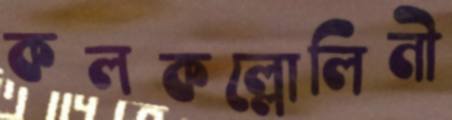
কলকল্লোলিনী